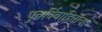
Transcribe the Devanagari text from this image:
पुनर्विवाहितांचा